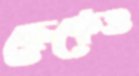
ফ্রেকেও